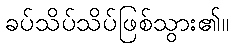
ခပ်သိပ်သိပ်ဖြစ်သွား၏။